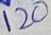
Text: 120